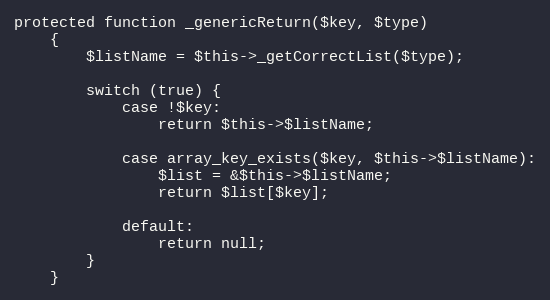
Language: PHP
protected function _genericReturn($key, $type)
    {
        $listName = $this->_getCorrectList($type);

        switch (true) {
            case !$key:
                return $this->$listName;

            case array_key_exists($key, $this->$listName):
                $list = &$this->$listName;
                return $list[$key];

            default:
                return null;
        }
    }